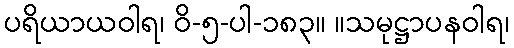
ပရိယာယဝါရ၊ ဝိ-၅-ပါ-၁၈၃။ ။သမုဋ္ဌာပနဝါရ၊